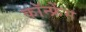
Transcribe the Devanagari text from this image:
कॉन्‍फ्रेंस